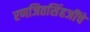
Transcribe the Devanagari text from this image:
रणजितसिंहजींचे